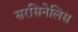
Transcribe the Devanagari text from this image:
सरसिनेलिस